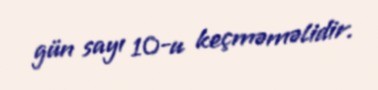
gün sayı 10-u keçməməlidir.